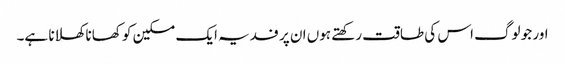
اور جو لوگ اس کی طاقت رکھتے ہوں ان پر فدیہ ایک مسکین کو کھانا کھلانا ہے۔